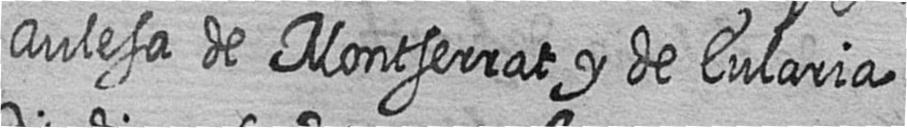
Aulesa de Montserrat y de Eularia